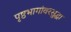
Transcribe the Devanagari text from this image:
पृष्ठभागांवरसुद्धा